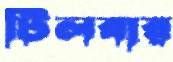
টিলবার